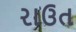
રાઉત